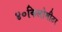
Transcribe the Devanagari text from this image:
४०किलोमीटर